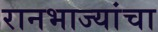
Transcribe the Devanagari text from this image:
रानभाज्यांचा